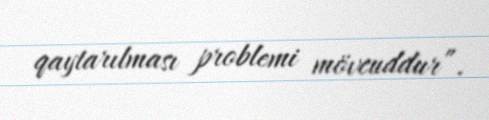
qaytarılması problemi mövcuddur”.